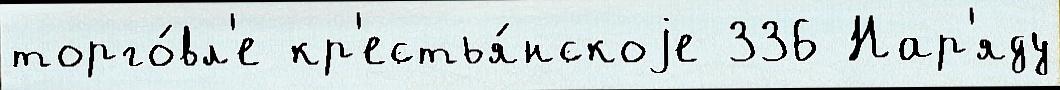
торго́вл'е кр'естья́нскоjе 336 Нар'яду